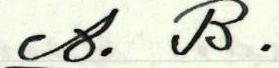
A.B.